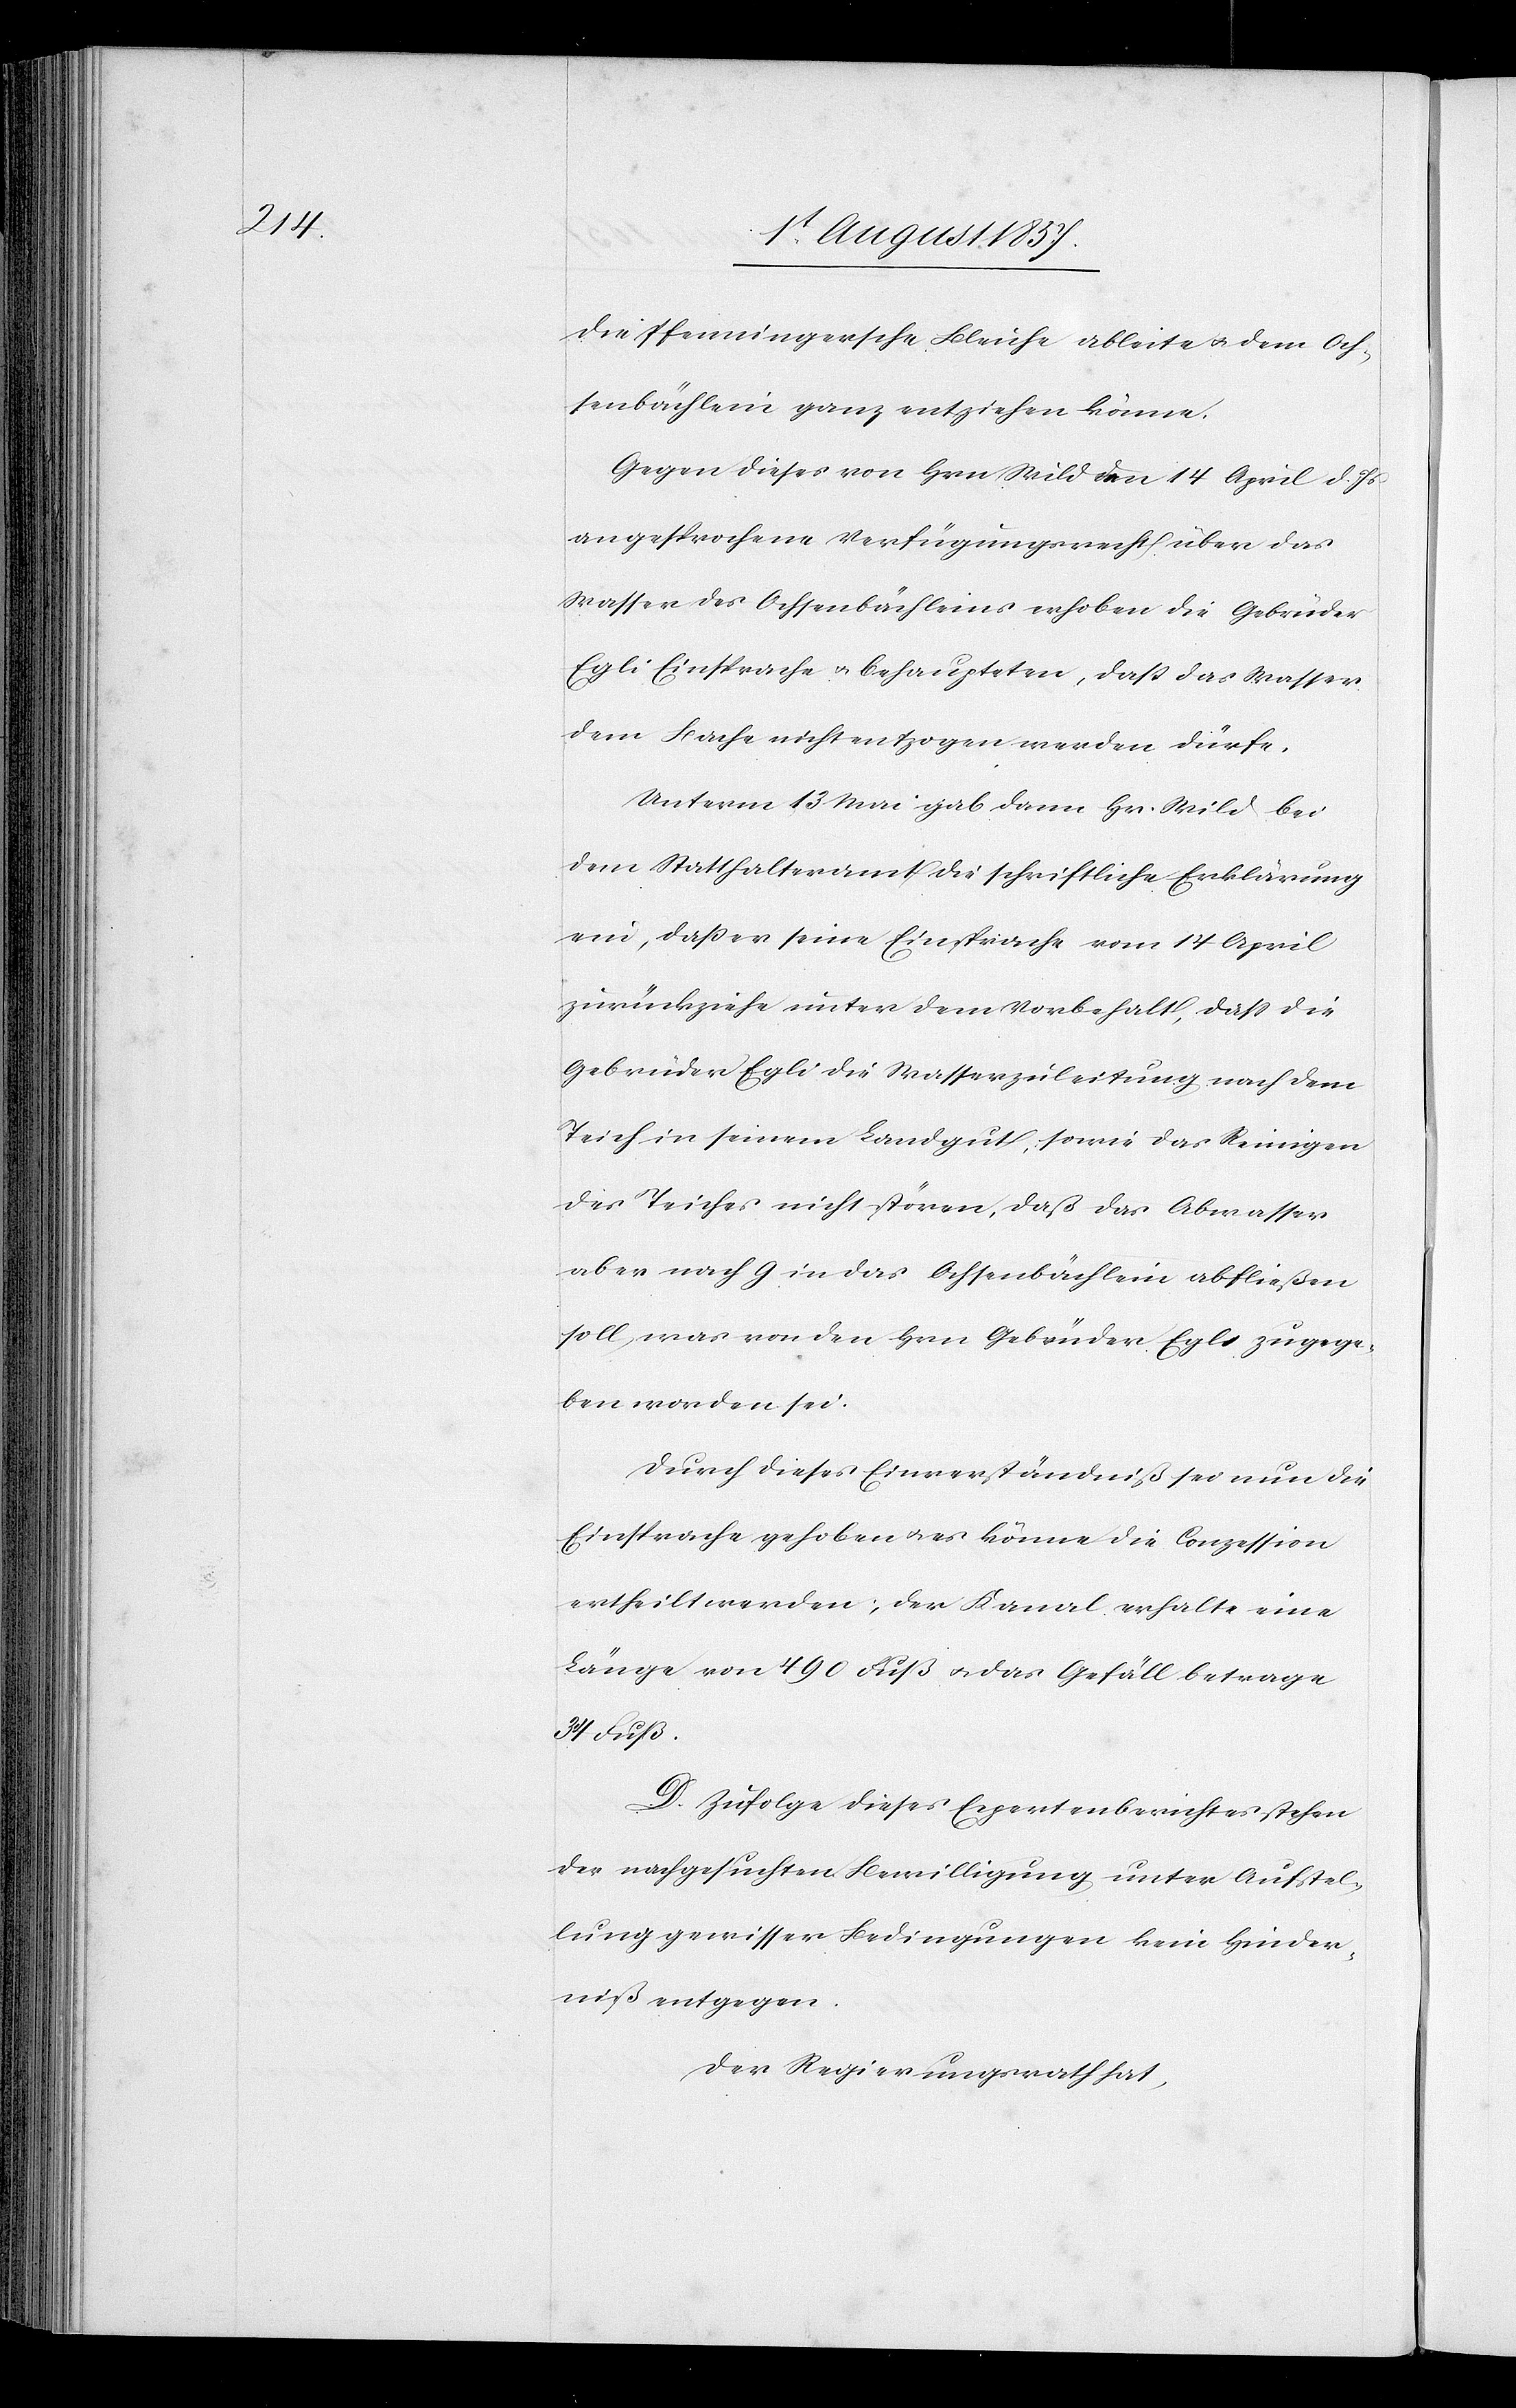
die Pfenningersche Bleiche ableite & dem Och¬
senbächlein ganz entziehen könne.
Gegen dieses von Hrn. Wild den 14 April d. Js.
angesprochene Verfügungsrecht über das
Wasser des Ochsenbächleins erhoben die Gebrüder
Egli Einsprache & behaupten, daß das Wasser
dem Bache nicht entzogen werden dürfe.
Unterm 13 Mai gab dann Hr. Wild bei
dem Statthalteramt die schriftliche Erklärung
ein, daß er seine Einsprache vom 14 April
zurückziehe unter dem Vorbehalt, daß die
Gebrüder Egli die Wasserzuleitung nach dem
Teich in seinem Landgut, sowie das Reinigen
des Teiches nicht stören, daß das Abwasser
aber nach g in das Ochsenbächlein abfließen
soll, was von den Hrn. Gebrüder Egli zugege¬
ben worden sei.
Durch dieses Einverständniß sei nun die
Einsprache gehoben & es könne die Conzession
ertheilt werden, der Kanal erhalte eine
Länge von 490 Fuß & das Gefäll betrage
34 Fuß.
D. Zufolge dieses Expertenberichtes stehen
der nachgesuchten Bewilligung unter Aufstel¬
lung gewisser Bedingungen kein Hinder¬
niß [sic!] entgegen.
Der Regierungsrath hat,